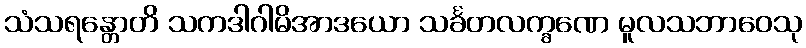
သံသရန္တောတိ သကဒါဂါမိအာဒယော သင်္ခတလက္ခဏေ မူလသဘာဝေသု